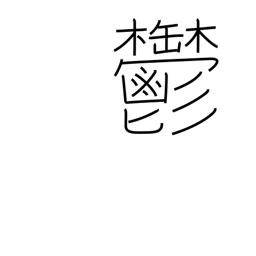
Meaning: melancholy